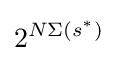
2^{N\Sigma (s^{*})}